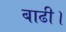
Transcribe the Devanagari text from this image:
बाढी।